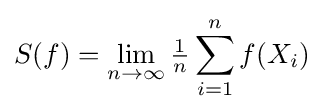
S(f)=\lim _{n\rightarrow \infty }{\tfrac {1}{n}}\sum _{i=1}^{n}f(X_{i})